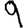
Digit: 9